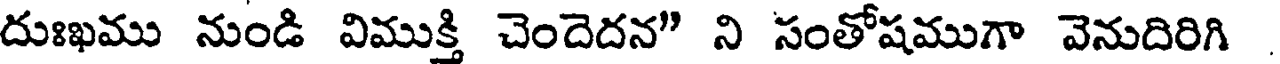
దుఃఖము నుండి విముక్తి చెందెదన" ని సంతోషముగా వెనుదిరిగి